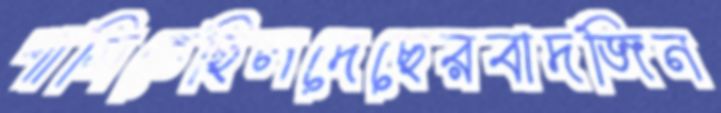
শাসিতেছিলদেছেরবাদজিন